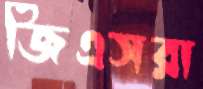
জিএসরা